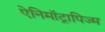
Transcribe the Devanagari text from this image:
ऐनिमॉट्रापिज्म